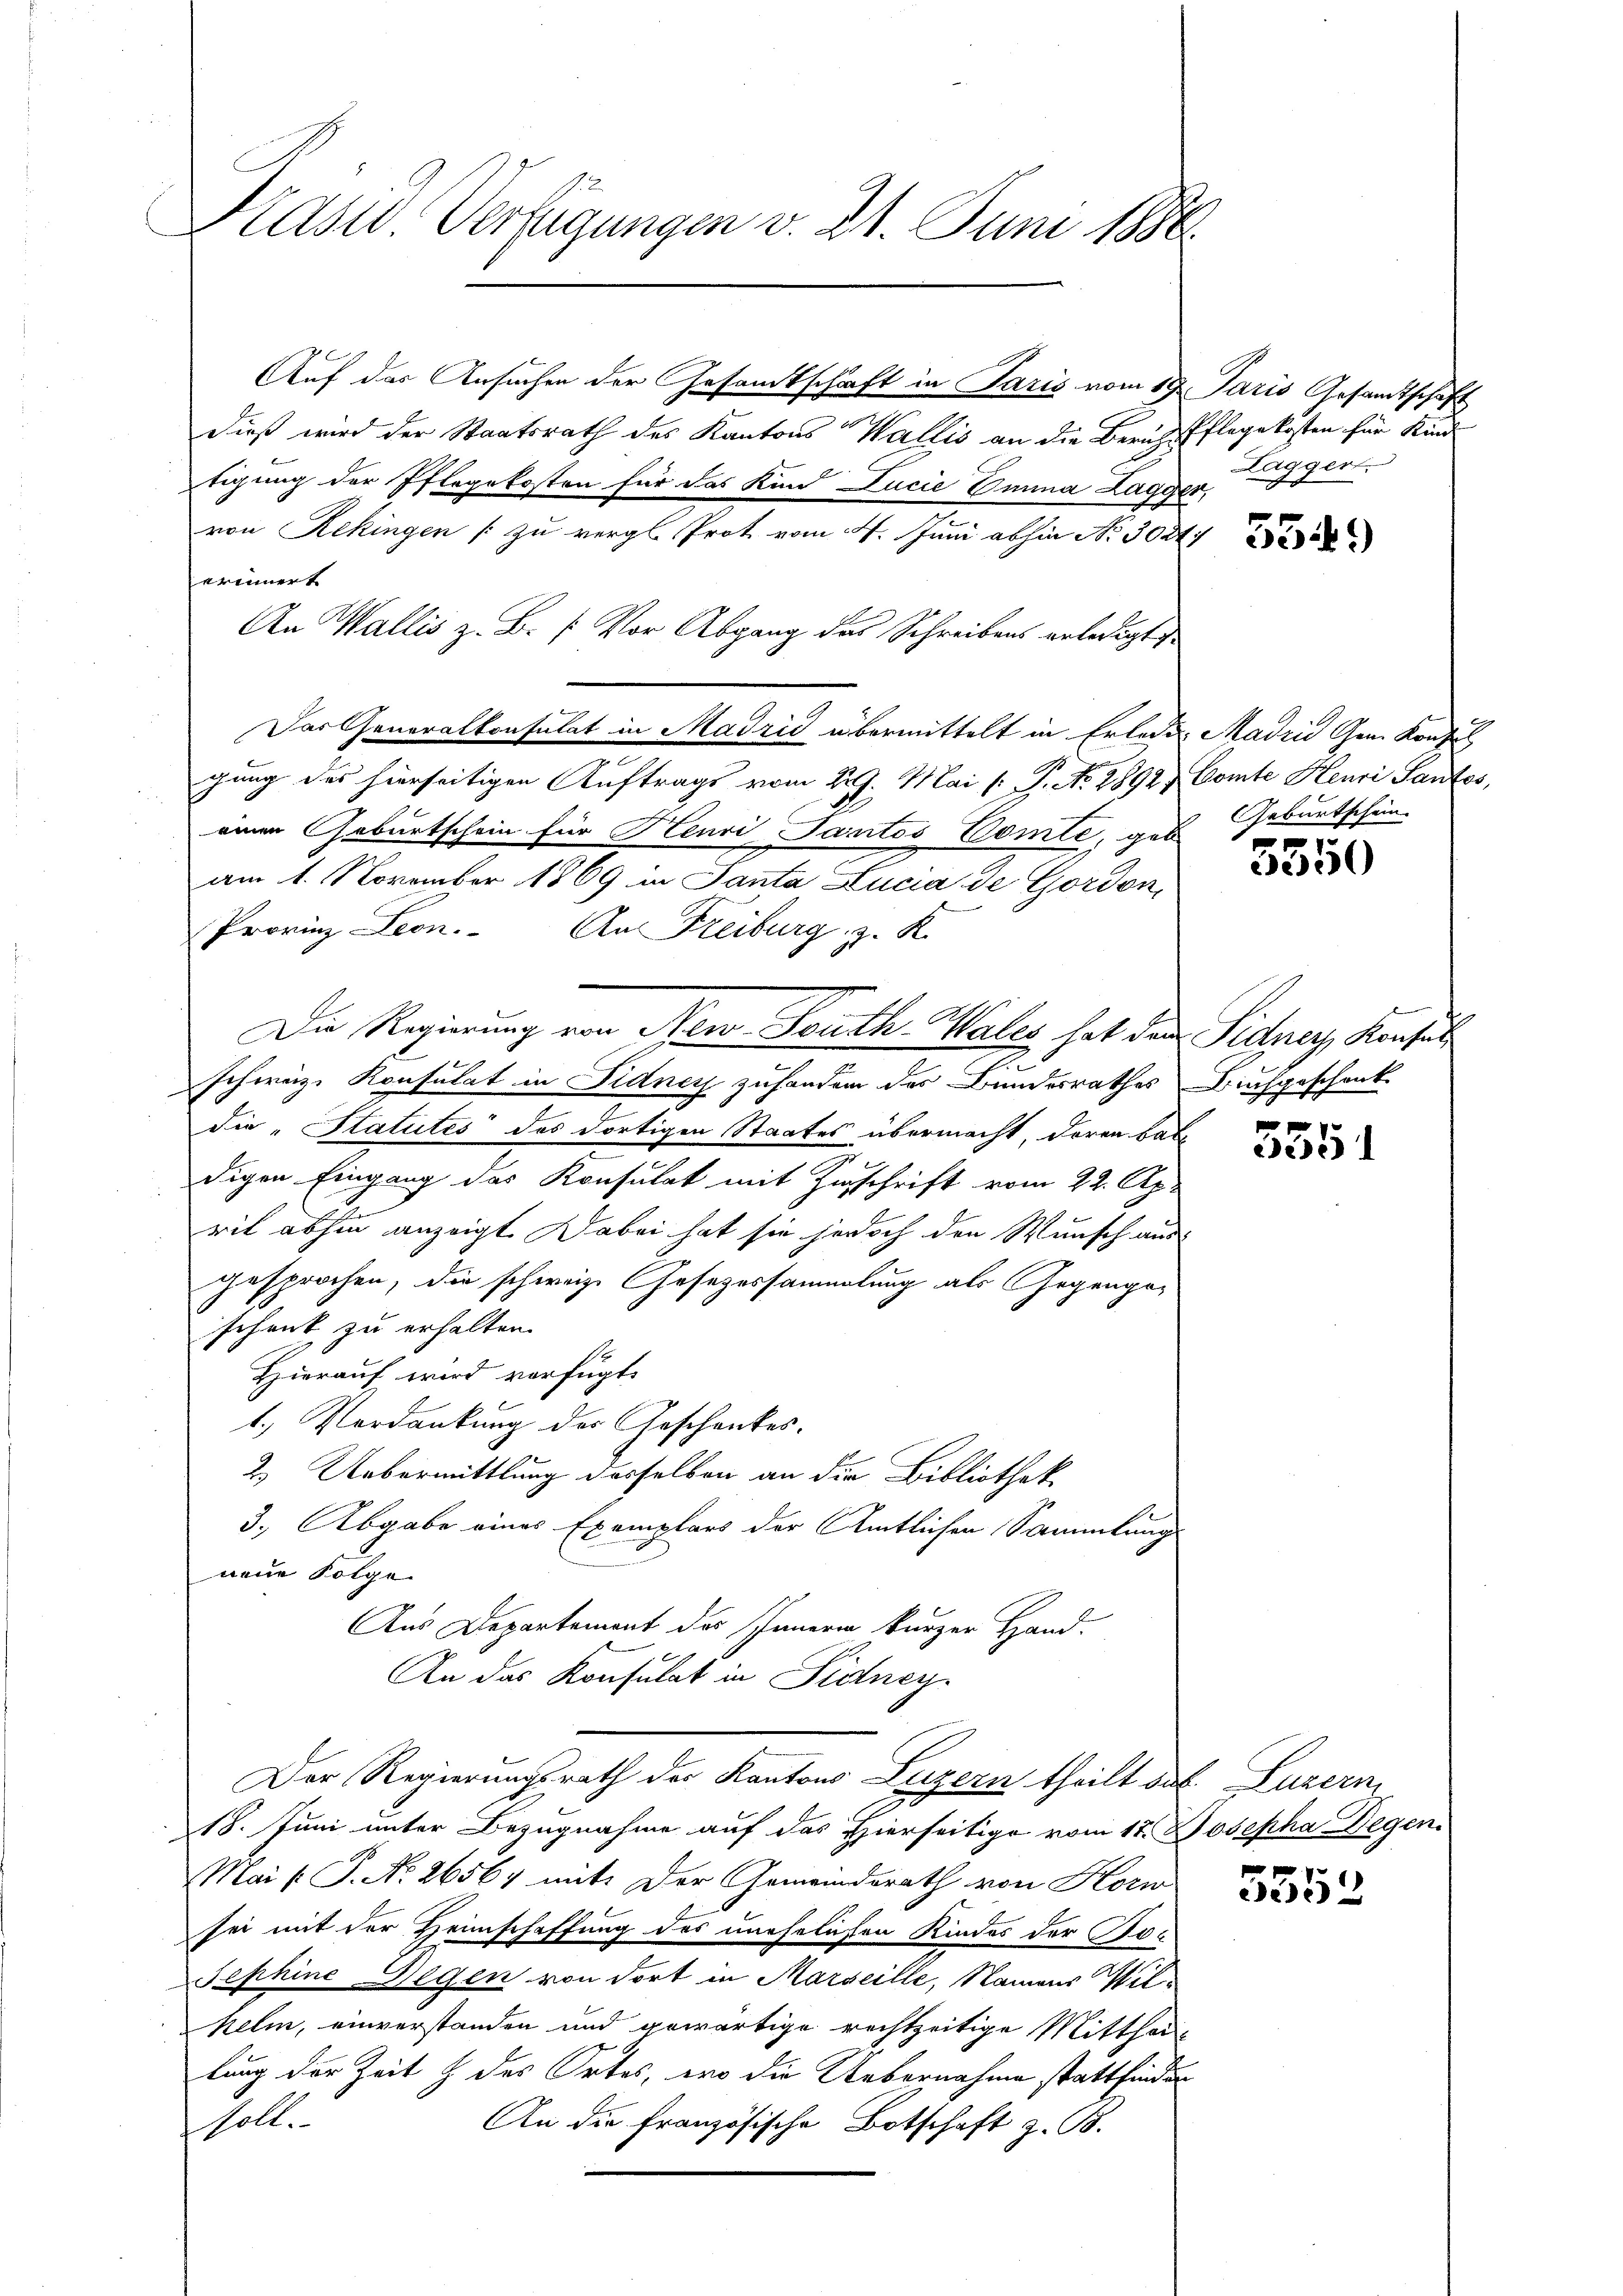
Kasw. Verfügungen v. 21. Juni 1888.

Dieß wird der Staatsrath des Kantons Wallis an die Berichtspflegekosten für Kinde
erinnert
e
die „Statutes des dortigen Staates übermacht, deren babe
digen Eingang des Konsulat mit Zuschrift vom 22. Apr
rit abhin anzeigt. Dabei hat sie jedoch den Wunsch aus
gesprochen, die schweiz. Gesezessammlung als Gegengeschenk zu erhalten.
Hierauf wird verfügt:
1.) Verdankung des Geschenkes.
2.) Uebermittlung desselben an die Bibliothek
3.) Abgabe eines Exemplars der Amtlichen Sammlung
neue Folge
Aus Departement des Innern kurzer Hand-
e
An das Konsulat in Fidney
Der Regierungsrath der Kantons Luzern theilt des Luzern
18. Juni unter Bezugnahme auf das Hierseitige vom 17. Josepha Degen
Mai /: P. Nr. 26567 mit: Der Gemeindsrath von Horw
sei mit der Heimschaffung des unehelichen Kindes der Po¬
Sephine Gegen von dort in Marseille, Namens Wilkelin, einverstanden und gewärtige rechtzeitige Mittheilung der Zeit & des Ortes, wo die Uebernahme stattfinden
An die Französische Botschaft z. B.
soll.

Auf das Ansuchen der Gesandtschaft in Paris vom 19. Paris Gesandtschaft

tigung der Pflegekosten für das Kan Lucie Einna Lagger,
von Rekingen (zu vergl. Prot vom 4. Juni abhin No. 3021
An Wallis z. B. (: Vor Abgang das Schreibens erledigt
Das Generalkonsulat in Madzić übermittelt in Erleder Madrid Gem. Konsul
gung des hierseitigen Auftrags vom 22. Mai v. P. No. 2892) Comte Henri Santes,
einen Geburtschein für Henri Tantos Comte, geb.
am 1. November 1869 in Santa Lucia de Gordon,
Provinz Leon. An Freiburg z. K.

Die Regierung von New South Wales hat dem Sidney, Konsul
schweiz. Konsulat in Fidney zusondern des Bundesrathes Buchgeschenk

Lagger.

5549

Geburtschein.

g
e550

555

.
3352